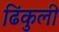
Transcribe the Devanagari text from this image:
ढिंकुली